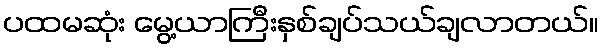
ပထမဆုံး မွေ့ယာကြီးနှစ်ချပ်သယ်ချလာတယ်။